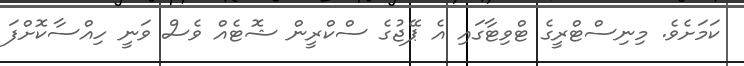
ކަމަށެވެ. މިނިސްޓްރީގެ ޓްވިޓާގައި އެ ޕޭޖުގެ ސްކްރީން ޝޮޓެއް ވެސް ވަނީ ހިއްސާކޮށްފަ